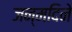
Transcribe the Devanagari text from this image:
जन्मदिने